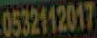
0532112017